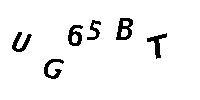
UG65BT